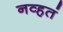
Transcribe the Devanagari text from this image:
नव्‍हतं